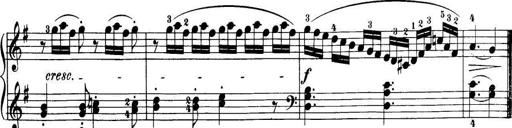
Title: 32 Sonatinas and Rondos for the Piano
Composer: Richard Kleinmichel